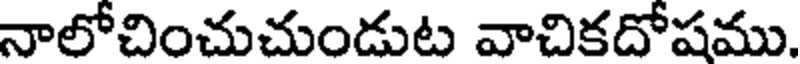
నాలోచించుచుండుట వాచికదోషము.